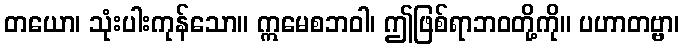
တယော၊ သုံးပါးကုန်သော။ ဣမေစဘဝါ၊ ဤဖြစ်ရာဘဝတို့ကို။ ပဟာတဗ္ဗာ၊